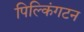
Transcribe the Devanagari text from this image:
पिल्किंगटन